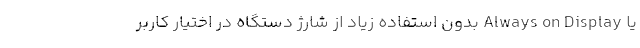
یا Always on Display بدون استفاده زیاد از شارژ دستگاه در اختیار کاربر